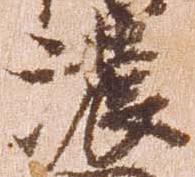
濃